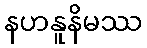
နဟနူနိမဿ